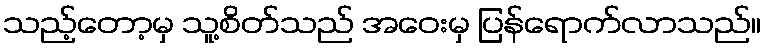
သည့်တော့မှ သူ့စိတ်သည် အဝေးမှ ပြန်ရောက်လာသည်။